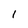
Character: 1